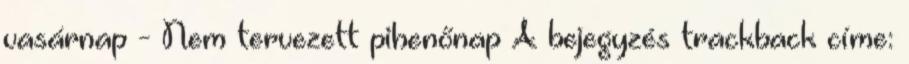
vasárnap - Nem tervezett pihenőnap A bejegyzés trackback címe: